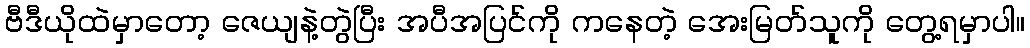
ဗီဒီယိုထဲမှာတော့ ဇေယျနဲ့တွဲပြီး အပီအပြင်ကို ကနေတဲ့ အေးမြတ်သူကို တွေ့ရမှာပါ။